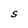
Character: S